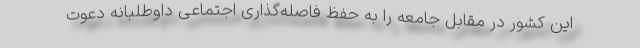
این کشور در مقابل جامعه را به حفظ فاصله‌گذاری اجتماعی داوطلبانه دعوت